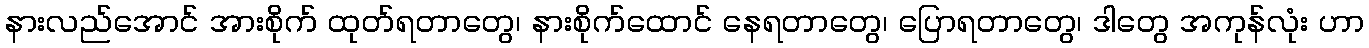
နားလည်အောင် အားစိုက် ထုတ်ရတာတွေ၊ နားစိုက်ထောင် နေရတာတွေ၊ ပြောရတာတွေ၊ ဒါတွေ အကုန်လုံး ဟာ